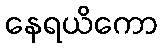
နေရယိကော